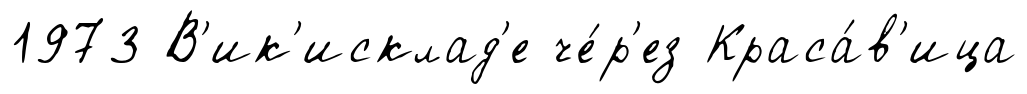
1973 В'ик'исклад'е че́р'ез Краса́в'ица